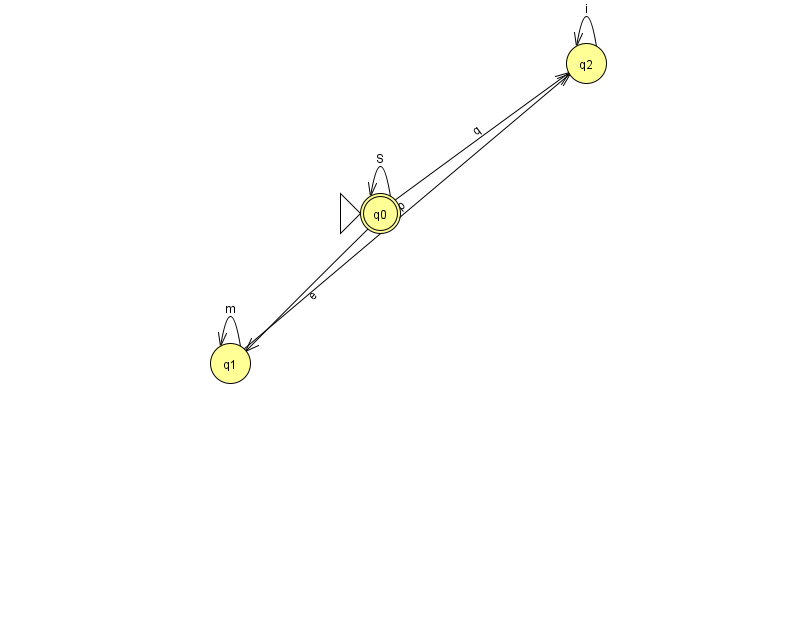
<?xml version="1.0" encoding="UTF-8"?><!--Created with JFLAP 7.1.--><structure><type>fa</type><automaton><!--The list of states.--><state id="0" name="q0"><x>380.0</x><y>200.0</y><initial/><final/></state><state id="1" name="q1"><x>230.0</x><y>350.0</y></state><state id="2" name="q2"><x>586.0</x><y>50.0</y></state><!--The list of transitions.--><transition><from>0</from><to>0</to><read>S</read></transition><transition><from>0</from><to>1</to><read>e</read></transition><transition><from>0</from><to>2</to><read>q</read></transition><transition><from>2</from><to>2</to><read>i</read></transition><transition><from>1</from><to>1</to><read>m</read></transition><transition><from>1</from><to>2</to><read>p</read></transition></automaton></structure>